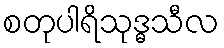
စတုပါရိသုဒ္ဓသီလ